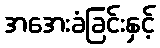
အအေးခံခြင်းနှင့်